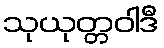
သုယုတ္တဝါဒီ